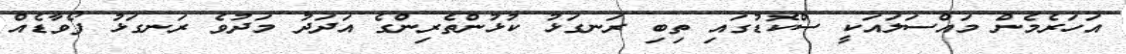
އަހަރެމެން މައްސަލައަކީ ސްކޮޑުގައި ތިބި ރަނގަޅު ކުޅުންތެރިންގެ އަދަދު މަދުވެ ރަނގަޅު ފޯވާޑެއް